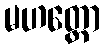
မဟတ္တော